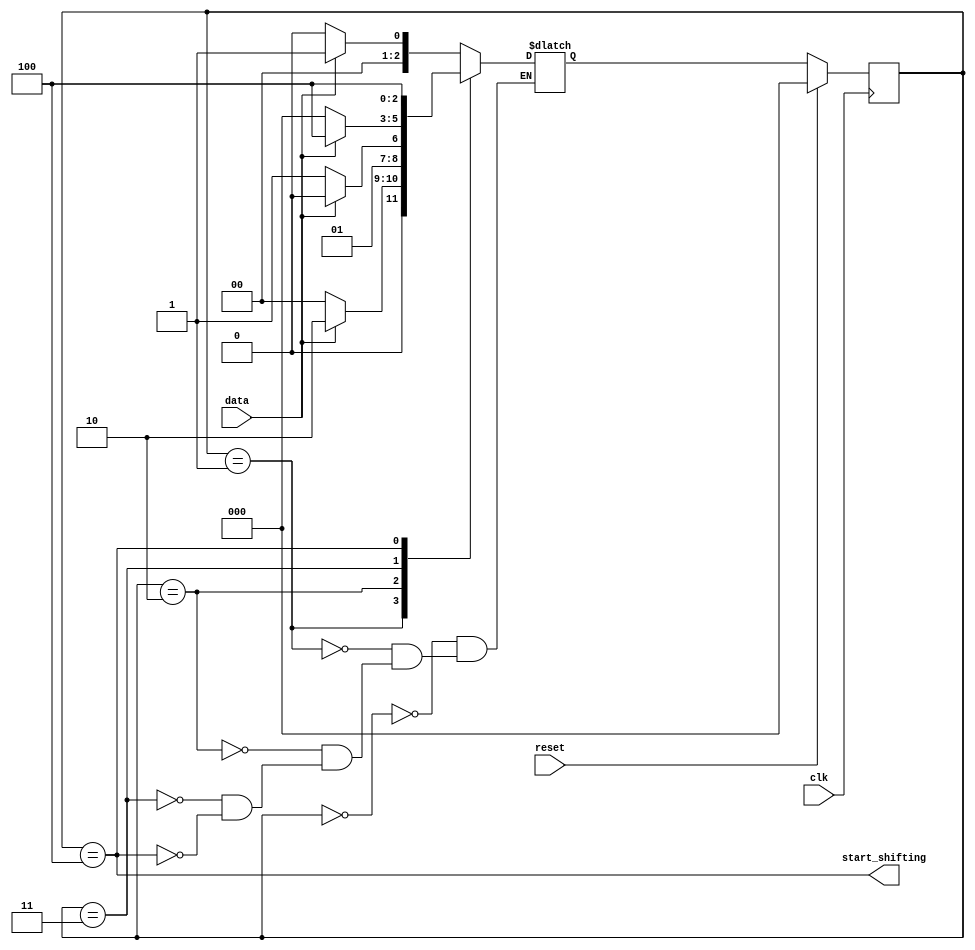
module top_module (
    input clk,
    input reset,      // Synchronous reset
    input data,
    output start_shifting);
    
    parameter START=0,ONE=1,ONE_2ND=2,ZERO=3,ONE_3RD=4;
    reg[2:0] state,next;
    
    always@(*) begin
        case(state)
              START: next = data?     ONE:START;
                ONE: next = data? ONE_2ND:START;
            ONE_2ND: next = data? ONE_2ND: ZERO;
               ZERO: next = data? ONE_3RD:START;
            ONE_3RD: next = ONE_3RD;
        endcase
    end
    always@(posedge clk) begin
        if(reset) state <= START;
        else state <= next;
    end
    
    assign start_shifting = state==ONE_3RD; //stick at the final stage

endmodule